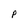
Character: p